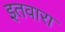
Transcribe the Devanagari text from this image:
इतवारा